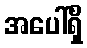
အပေါ်ရှိ